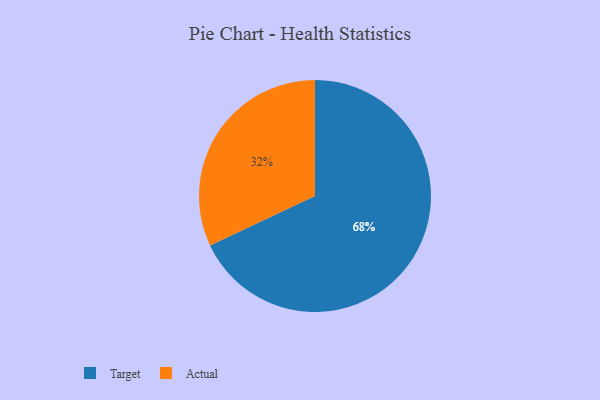
{"axis": {"x": "Category", "y": "Percentage"}, "legend": ["Actual", "Target"], "data": [{"x": "Target", "y": 68, "type": "Target"}, {"x": "Actual", "y": 32, "type": "Actual"}]}